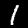
Label: 1